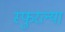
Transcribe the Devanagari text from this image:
स्फुरल्या